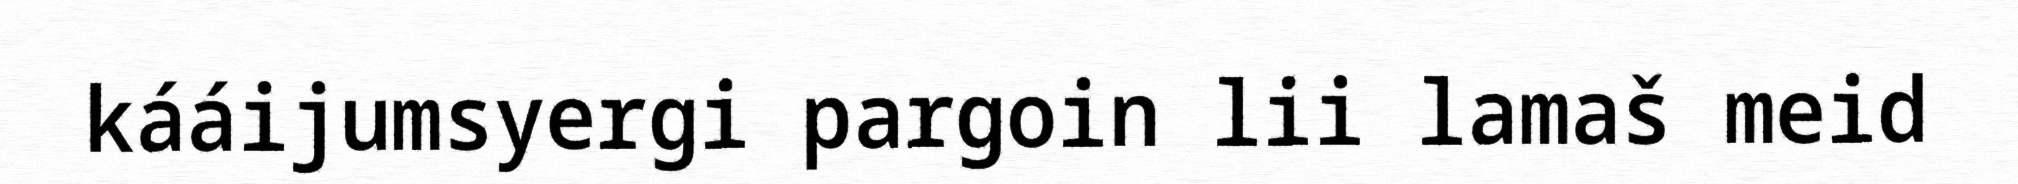
kááijumsyergi pargoin lii lamaš meid